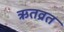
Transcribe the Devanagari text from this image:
ऋतव्रत